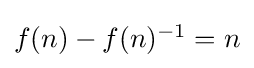
\textstyle f(n)-f(n)^{-1}=n